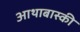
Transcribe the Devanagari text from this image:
आथाबास्की